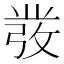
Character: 𭛁